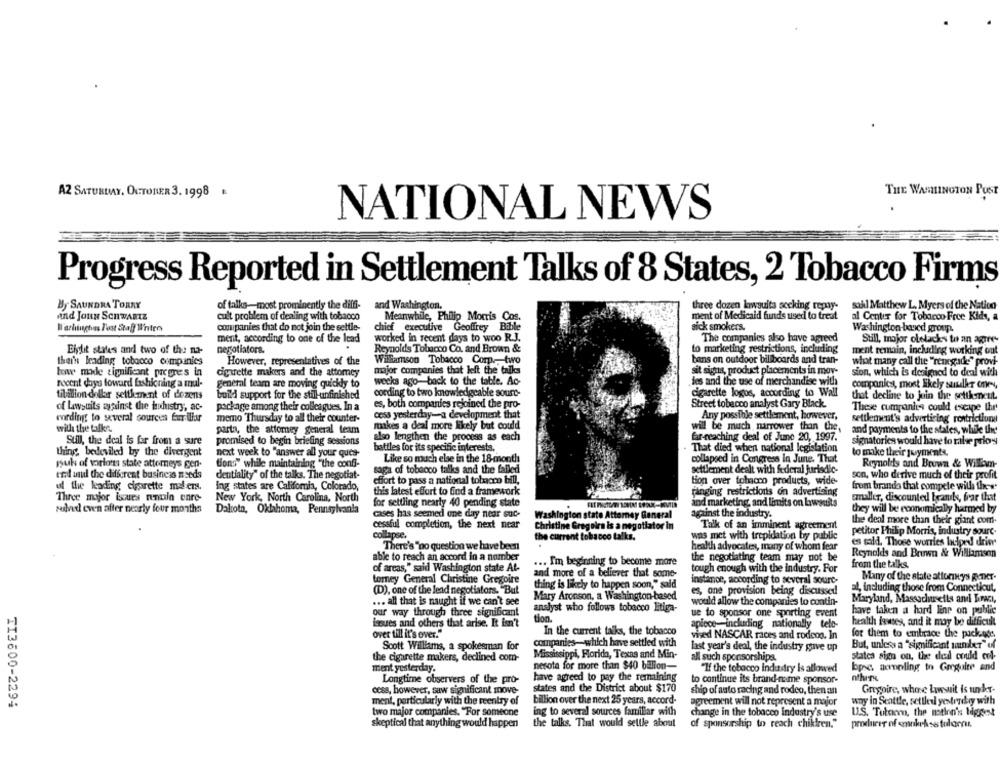
AZ SATURDAY, OCTOBER 3. 1998
THE WASHINGTON POST
NATIONAL NEWS
Progress Reported in Settlement Talks of 8 States, 2 Tobacco Firms
By SAUNDRA TORRY
of talks-most prominently the diffi-
and Washington.
three dozen lawsuits secking remy-
sahl Matthew L. Myers of the Nation
and Jouw SCHWARTZ
cult problem of dealing with tobacco
Meanwhile, Philip Morris Cos.
ment of Medicaid funds used to treat
al Center for Tobacco Free Kids, a
W'arlingtons I'ost Staff Intro
companies that do not join the settle-
chief executive Geoffrey Bible
sick smokers.
Washington- based group.
worked in recent days to woo R.J.
The companies also have agreed
ment, according to one of the lead
Still, major olelacks to an agire
Eilit states and two of the na-
negotiators.
Reynolds Tobacco Co. and Brown &
to marketing restrictions, including
ment remain, including working out
thei's leading tobacco companies
However, representatives of the
Williamson Tobacco Corp ., two
bens on outdoor billboards and tran-
what many call the "renegade" provi-
har made significant pregres in
cigarette makers and the attomey
major companies that left the talks
sit signs, product placements in mov-
sion, which is designed to deal with
recent days toward fashioning a mul-
weeks ago-back to the table. Ac-
des and the use of merchandise with
general team are moving quickly to
companies, most likely suudkr ones,
tibillion dollar settkment of dozens
build support for the still-unfinished
cording to two knowledgeable sourc-
cigarette logos, according to Wall
that decline to juin the settkment.
of Lawsuits against the thuistry, ac-
package among their colleagues. In a
es, both companies rejoined the pro-
Street tobacco analyst Gary Black.
These cumpanita could escape the
wording: to several courcen fur illar
memo Thursday to all their counter-
cess yesterday-a development that
Any possible settlement, however,
settlement's advertising restrictions
with the talks.
parta, the attorney general team
makes a deal more likely but could
will be much narrower than the.
and payments to the states, while the
far-reaching deal of June 20, 1997.
Sull, the deal is far from a sure
promised to begin briefing sessions
also lengthen the process as each
signatories would have to ralse priors
thing, bedeviled by the divergent
next week to "answer all your ques-
battles for its specific interests.
That died when national legislation
to make their joyment«
Like so much else in the 18-month
collapsed in Congress in June. That
nuk of torios state attorneys gen-
tions" while maintaining "the confi-
Reynolds and Brown & William-
end and the different business needs
dentiality" of the talks. The negotiat-
saga of tobacco talks and the failed
settlement dealt with federal jurisdic-
son, who derive much of their profit
effort to pass a national tobacco bill,
tion over tobacco products, wide-
ul the kading cigarette maler.
Ing states are Califomia, Colorado,
this latest effort to find a framework
from branda that compete with thes'
Three major issues renuin enre-
New York, North Carolina, North
ranging restrictions on advertising
smaller, discounted beanils, frar that
for settling nearly 40 pending state
and marketing, and limits on Lawsuits
subved even after nearly four months
Dakota, Oklahoma, Pennsylvania
cases has seemed one day near suc-
against the industry.
they will be economically harmed by
Washington state Attorney General
the deal more than their giant com-
cessful completion, the next near
Christine Gregoire is a negotiator in
Talk of an imminent agreement
collapse.
the current tobacco talks.
was met with trepidation by public
petitor Philip Morris, industry sourc.
es sald. Those worries laciped drie
There's "po question we have been
health advocates, many of whom fear
able to reach an accord in a number
the negotiating team may not be
Reynolds and Brown & Williamson
of areas," said Washington state At-
... I'm beginning to become more
tough enough with the industry. For
from the talks.
and more of a believer that some-
torney General Christine Gregoire
instance, according to several sourt-
Many of the state attorneys gener.
(D), one of the lead negotiators. "But
thing is likely to happen soon," said
es, one provision being discussed
al, including those from Connecticut,
Mary Arcoson, a Washington-based
... all that is naught if we can't see
would allow the companies to contin-
Maryland, Massachusetts and Limaci,
our way through three significant
analyst who follows tobacco litiga-
ue to sponsor one sporting event
have taken a hard line on public
tion
issues and others that arise. It isn't
apiece-including nationally tele-
health lawses, and it may be difficult
over till it's over."
In the current talks, the tobacco
vised NASCAR races and rodeos. In
for them to embrace the package.
companies-which have settled with
But, unless a "significant wunder" of
Scott Williams, a spokesman for
last year's deal, the industry gave up
the cigarette makers, declined com-
Mississippi, Florida, Texas and Min-
all such sponsorshipa
statea sign on, the ded could col-
nesota for more than $40 billion-
bps: ampling to Greguite and
ment yesterday.
"If the tobacco industry is allowed
Longtime observers of the pro-
have agreed to pay the remaining
to continue its brand-name sponsor-
white
cess, however, saw significant move-
states and the District about $170
ship of auto racing and rodeo, then an
Gregpire, whose Lawsuit is under-
TI3600-2294
ment, particularly with the reentry of
billion over the next 25 years, accord-
agreement will not represent a major
wny in Seattle, settled yesterday with
two major companies. "For someone
ing to several sources familiar with
change in the tobacco industry's use
U.S. Tutoenn, the motion's biggest
skeptical that anything would happen
the talks. That would settle about
of sponsorship to reach chikfren."
producer of ankrAss tulamns.